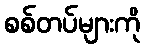
စစ်တပ်များကို